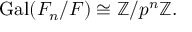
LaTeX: \operatorname { G a l } ( F _ { n } / F ) \cong \mathbb { Z } / p ^ { n } \mathbb { Z } .